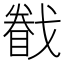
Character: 𢨄